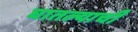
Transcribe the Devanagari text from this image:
घातल्याची